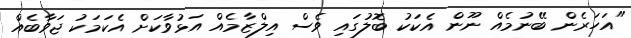
"އަހަރެން ބޭނުމެއް ނޫން އެކަކު ބޮލުގައި ވެސް އިލްޒާމެއް އަޅުވާކަށް އެކަމަކު ޖަވާބެއް